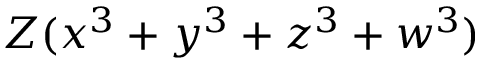
Z ( x ^ { 3 } + y ^ { 3 } + z ^ { 3 } + w ^ { 3 } )